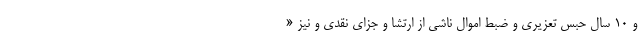
و ۱۰ سال حبس تعزیری و ضبط اموال ناشی از ارتشا و جزای نقدی و نیز «